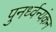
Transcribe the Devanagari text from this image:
पुनर्ध्वन्यंकन